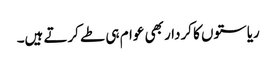
ریاستوں کا کردار بھی عوام ہی طے کرتے ہیں۔